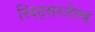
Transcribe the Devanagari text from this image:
स्विट्सरलैण्ड